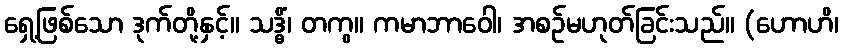
ရှေ့ဖြစ်သော ဒုက်တို့နှင့်။ သဒ္ဓိံ၊ တကွ။ ကမာဘာဝေါ၊ အစဉ်မဟုတ်ခြင်းသည်။ (ဟောဟိ၊